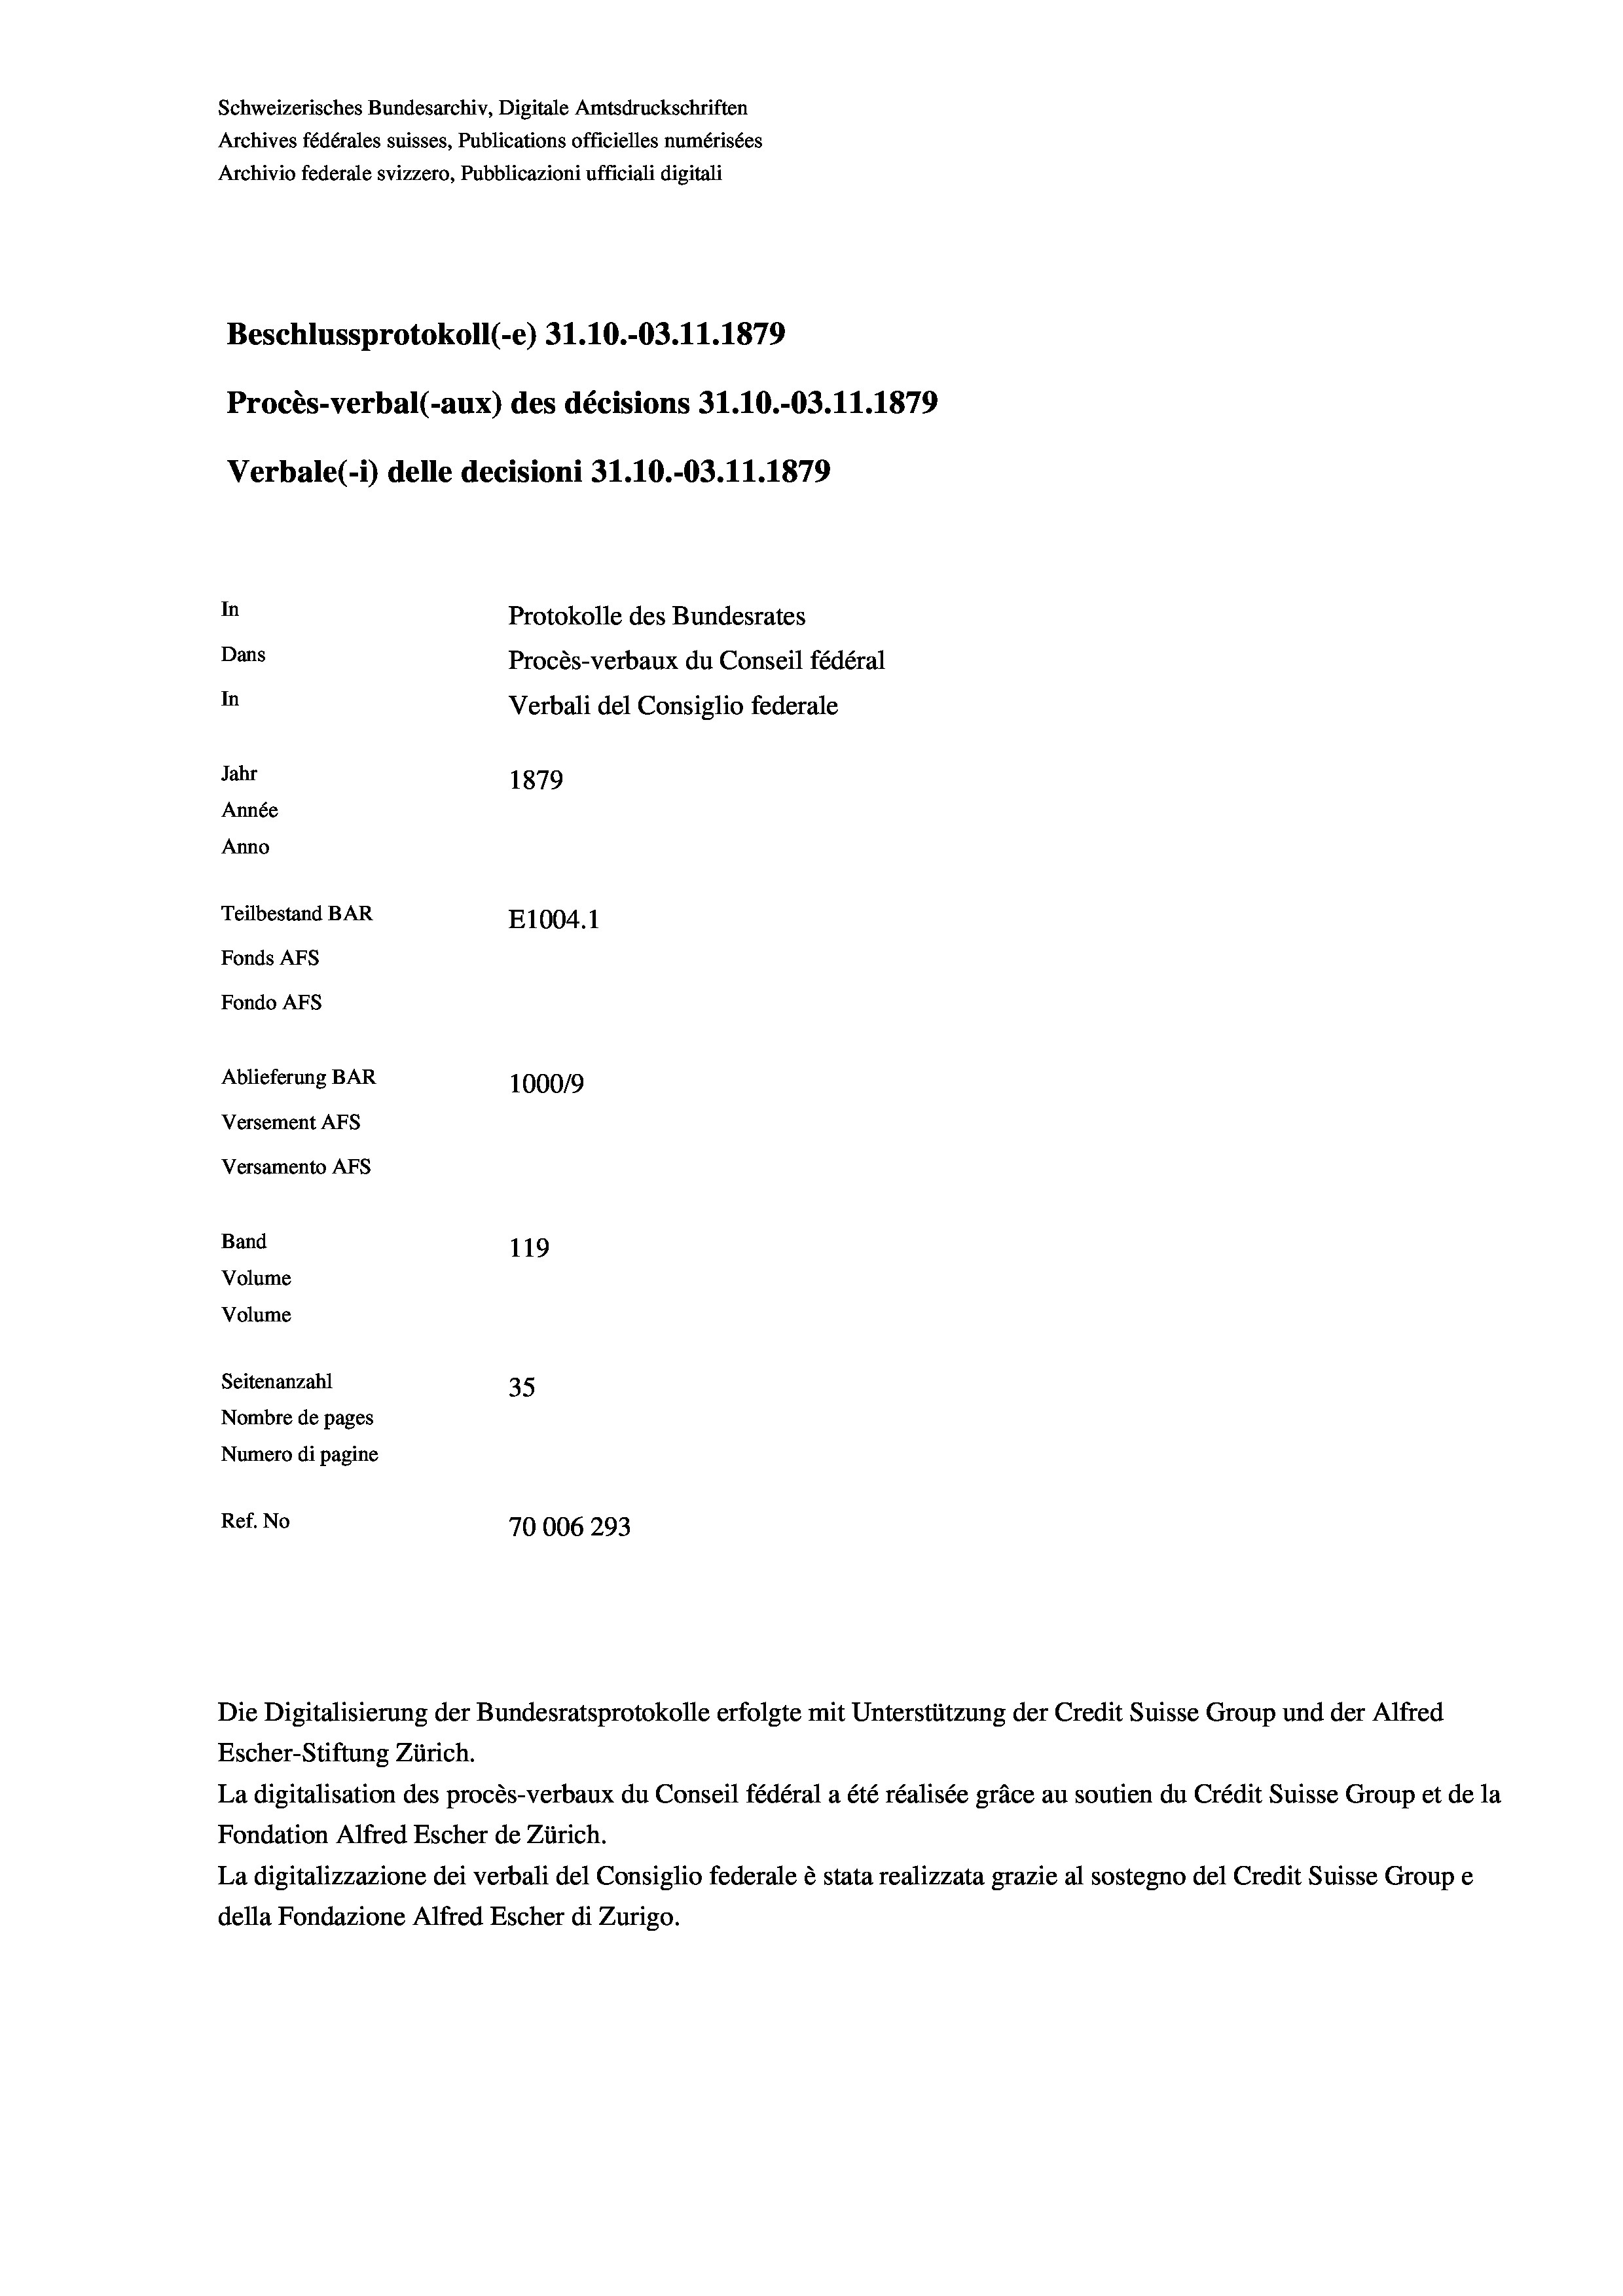
Schweizerisches Bundesarchiv, Digitale Amtsdruckschriften
Archives fédérales suisses, Publications officielles numérisées
Archivio federale svizzero, Pubblicazioni ufficiali digitali
Beschlussprotokoll (-e) 31.10.-03.11.1879
Procès-verbal (-aux) des décisions 31.10.-03.11.1879
Verbale (i) delle decisioni 31.10.-03.11.1879
In
Protokolle des Bundesrates
Dans
Procès-verbaux du Conseil fédéral
In
Verbali del Consiglio federale
Jahr
1879
Année
Anno
Teilbestand BAR
E1004. 1
Fonds AFs
Fondo AFS
Ablieferung BAR
100019
Versement AFs
Versamento AFS
Band
119
Volume
Volume
Seitenanzahl
35
Nombre de pages
Numero di pagine
Ref. No
70006293

Escher-Stiftung Zürich.

Die Digitalisierung der Bundesratsprotokolle erfolgte mit Unterstützung der Credit Suisse Group und der Alfred

La digitalisation des procès-verbaux du Conseil fédéral a été réalisée gräce au soutien du Crédit Suisse Group et de la
Fondation Alfred Escher de Zürich.
La digitalizzazione dei verbali del Consiglio federale è stata realizzata grazie al sostegno del Credit Suisse Groupe
della Fondazione Alfred Escher di Zurigo.